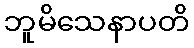
ဘူမိသေနာပတိ